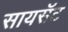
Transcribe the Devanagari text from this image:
सायसॅट